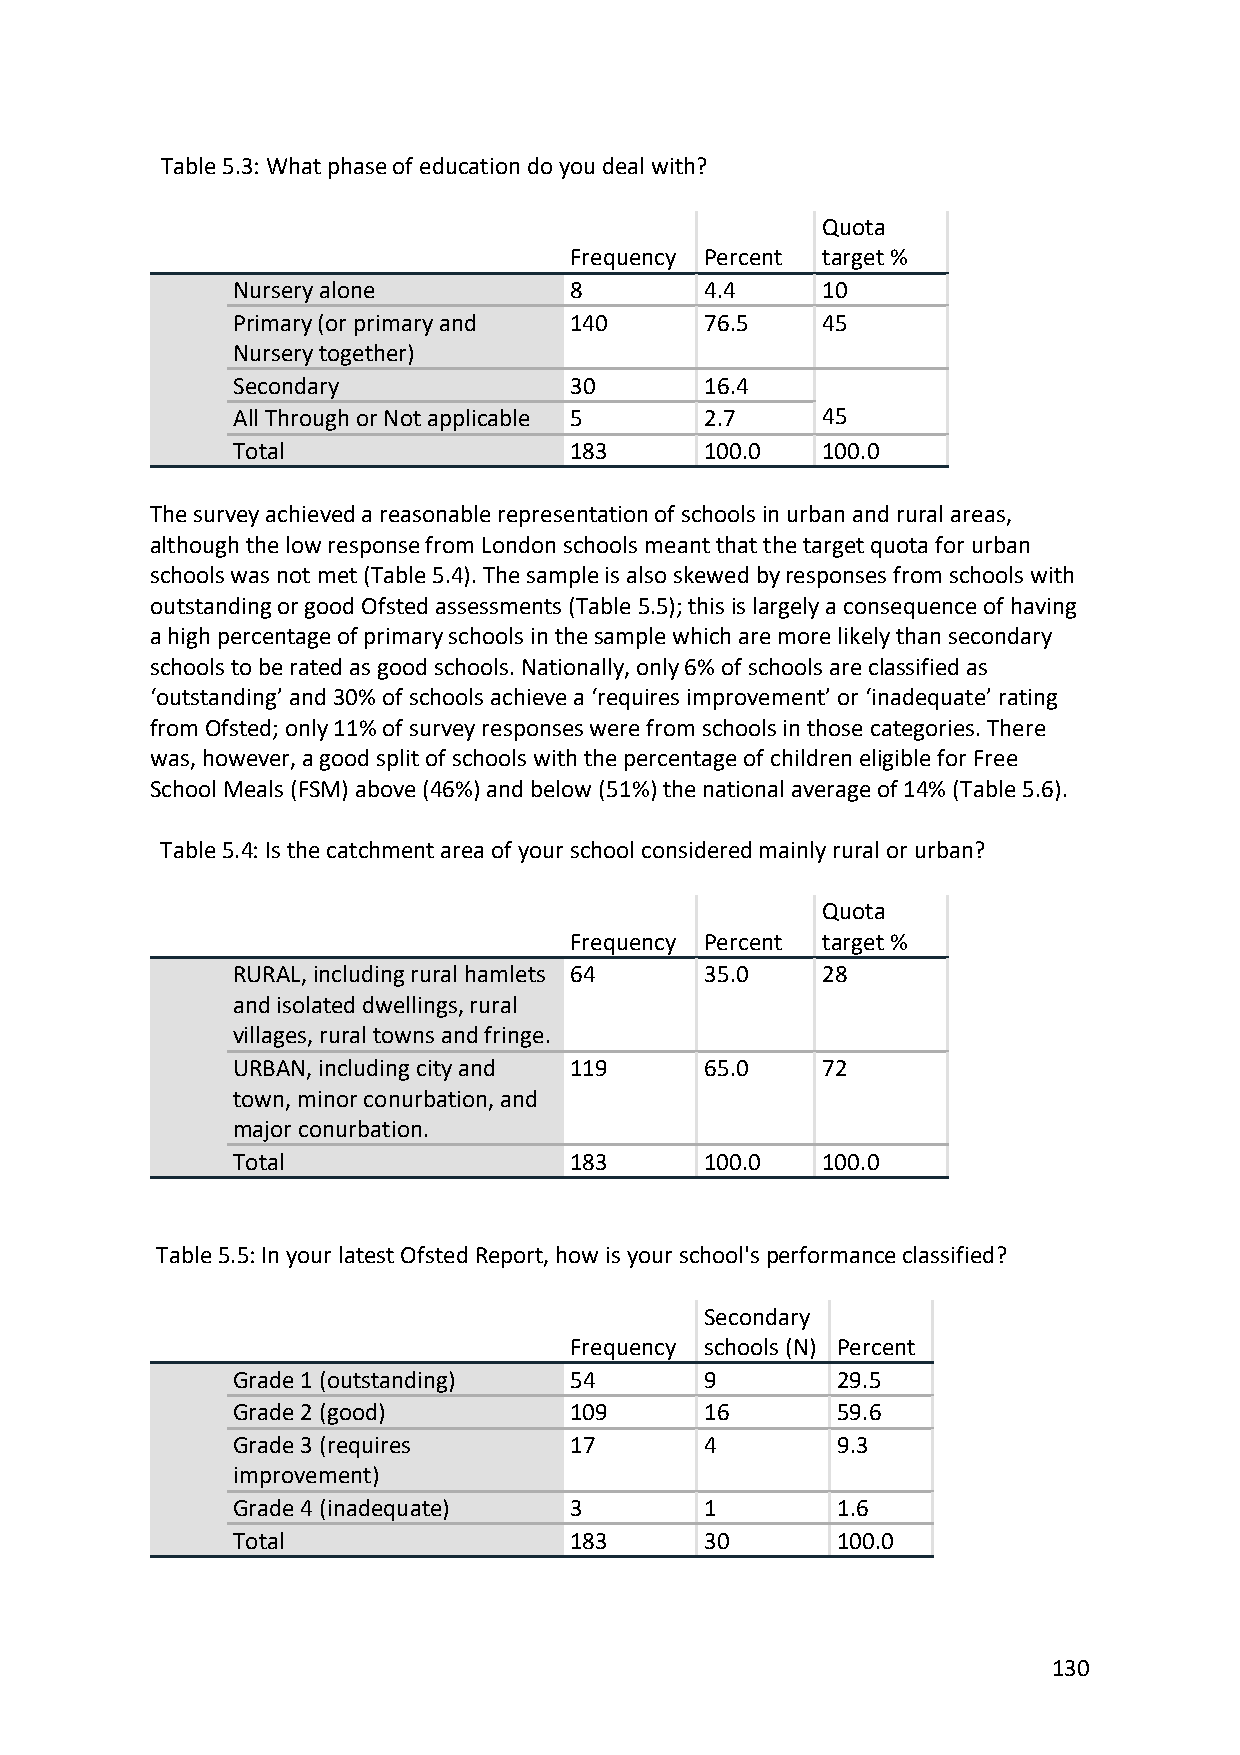
Table 5.3: What phase of education do you deal with?
 Quota
 Frequency Percent target %
 Nursery alone          8        4.4    10
 Primary (or primary and 140     76.5   45
 Nursery together)
 Secondary              30       16.4
 All Through or Not applicable 5 2.7    45
 Total                  183      100.0  100.0
 The survey achieved a reasonable representation of schools in urban and rural areas,
 although the low response from London schools meant that the target quota for urban
 schools was not met (Table 5.4). The sample is also skewed by responses from schools with
 outstanding or good Ofsted assessments (Table 5.5); this is largely a consequence of having
 a high percentage of primary schools in the sample which are more likely than secondary
 schools to be rated as good schools. Nationally, only 6% of schools are classified as
 ‘outstanding’ and 30% of schools achieve a ‘requires improvement’ or ‘inadequate’ rating
 from Ofsted; only 11% of survey responses were from schools in those categories. There
 was, however, a good split of schools with the percentage of children eligible for Free
 School Meals (FSM) above (46%) and below (51%) the national average of 14% (Table 5.6).
 Table 5.4: Is the catchment area of your school considered mainly rural or urban?
 Quota
 Frequency Percent target %
 RURAL, including rural hamlets 64 35.0 28
 and isolated dwellings, rural
 villages, rural towns and fringe.
 URBAN, including city and 119   65.0   72
 town, minor conurbation, and
 major conurbation.
 Total                  183      100.0  100.0
 Table 5.5: In your latest Ofsted Report, how is your school's performance classified?
 Secondary
 Frequency schools (N) Percent
 Grade 1 (outstanding)  54       9       29.5
 Grade 2 (good)         109      16      59.6
 Grade 3 (requires      17       4       9.3
 improvement)
 Grade 4 (inadequate)   3        1       1.6
 Total                  183      30      100.0
 130